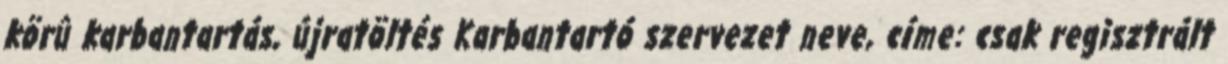
körû karbantartás, újratöltés Karbantartó szervezet neve, címe: csak regisztrált